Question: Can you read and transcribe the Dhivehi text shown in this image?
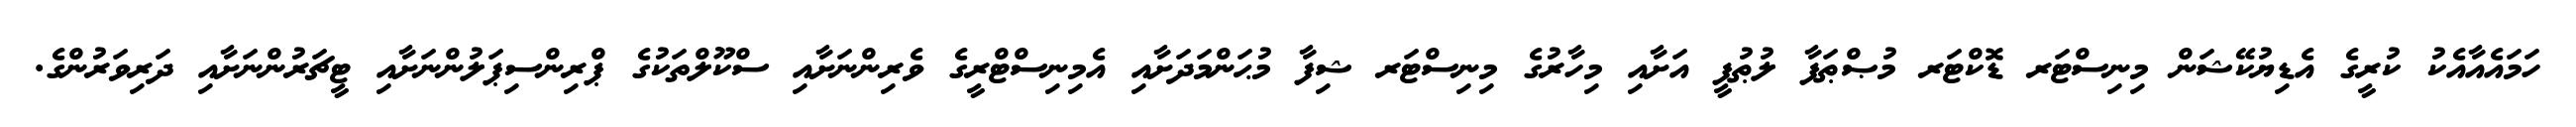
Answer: ހަމައެއާއެކު ކުރީގެ އެޑިޔުކޭޝަން މިނިސްޓަރ ޑޮކްޓަރ މުޞްޠަފާ ލުޠުފީ އަށާއި މިހާރުގެ މިނިސްޓަރ ޝިފާ މުޙަންމަދަށާއި އެމިނިސްޓްރީގެ ވެރިންނަށާއި ސްކޫލްތަކުގެ ޕްރިންސިޕަލުންނަށާއި ޓީޗަރުންނަށާއި ދަރިވަރުންގެ.